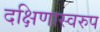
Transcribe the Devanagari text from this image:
दक्षिणास्वरुप